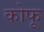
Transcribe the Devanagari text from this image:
कोफू